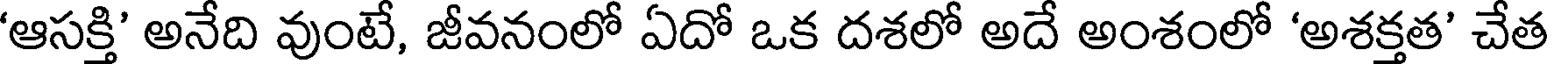
'ఆసక్తి' అనేది వుంటే, జీవనంలో ఏదో ఒక దశలో అదే అంశంలో 'అశక్తత' చేత